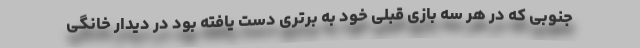
جنوبی که در هر سه بازی قبلی خود به برتری دست یافته بود در دیدار خانگی